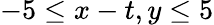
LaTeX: -5\leq x-t,y\leq 5